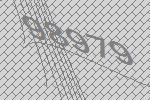
98979